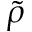
\tilde { \rho }